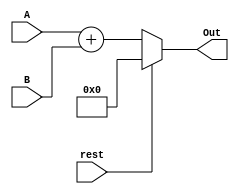
module Adder16bit (rest , A, B, Out);
	input rest ; 
	input [15:0] A , B ; 
	output [15:0] Out ; 

	reg [15:0] Out_register ; 
	assign Out = Out_register ; 
always @(rest , A, B) begin 
	
	if (rest) 
		Out_register <= 0 ; 
	else 
		Out_register <= A + B ; 

	end
endmodule